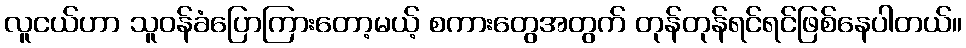
လူငယ်ဟာ သူဝန်ခံပြောကြားတော့မယ့် စကားတွေအတွက် တုန်တုန်ရင်ရင်ဖြစ်နေပါတယ်။